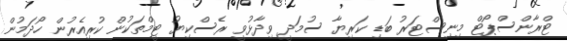
ޓްރާންސްޕޯޓް މިނިސްޓަރު ބަޑި ކަރިޔާ ސުމަދީ ވިދާޅުވީ ރެސްކިޔު ޓީމްތަކުން ކުރިއެރުން ހޯދަމުން